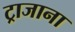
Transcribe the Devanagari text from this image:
ट्राजाना